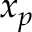
x _ { p }